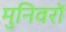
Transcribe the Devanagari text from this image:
मुनिवरों